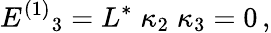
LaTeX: E^{(1)}{}_{3}=L^{*}\; \kappa_{2}\; \kappa_{3}=0\, ,